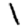
Digit: 1